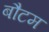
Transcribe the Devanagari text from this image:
बौटम